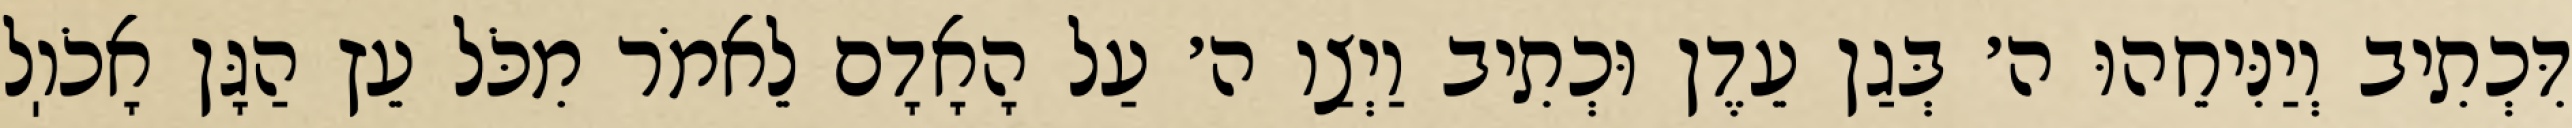
דִּכְתִיב וְיַנִּיחֵהוּ ה׳ בְּגַן עֵדֶן וּכְתִיב וַיְצַו ה׳ עַל הָאָדָם לֵאמֹר מִכֹּל עֵץ הַגָּן אָכֹוֽל